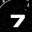
Digit: 7